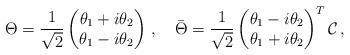
LaTeX: \begin{align*}\Theta = \frac{1}{\sqrt{2}}\begin{pmatrix} \theta_1 + i \theta_2 \\ \theta_1 -i \theta_2 \end{pmatrix}\,,\quad\bar\Theta = \frac{1}{\sqrt{2}}\begin{pmatrix} \theta_1 - i \theta_2 \\\theta_1 + i \theta_2 \end{pmatrix}^T {\cal C}\, ,\end{align*}